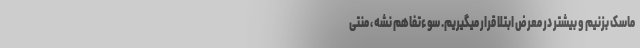
ماسک بزنیم و بیشتر در معرض ابتلا قرار میگیریم. سوءتفاهم نشه ، منتی